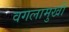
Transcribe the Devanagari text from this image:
वगलामुखी